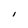
Character: I